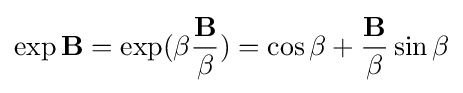
\exp {\mathbf {B} }=\exp({\beta {\frac {\mathbf {B} }{\beta }}})=\cos {\beta }+{\frac {\mathbf {B} }{\beta }}\sin {\beta }